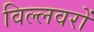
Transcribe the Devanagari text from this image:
विल्लवरों